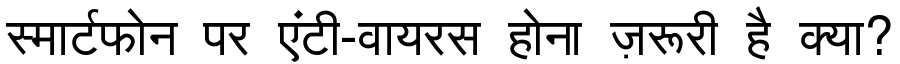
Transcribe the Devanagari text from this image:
स्मार्टफोन पर एंटी-वायरस होना ज़रूरी है क्या?